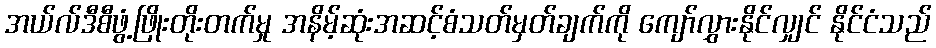
အယ်လ်ဒီစီဖွံ့ဖြိုးတိုးတက်မှု အနိမ့်ဆုံးအဆင့်စံသတ်မှတ်ချက်ကို ကျော်လွှားနိုင်လျှင် နိုင်ငံသည်